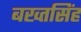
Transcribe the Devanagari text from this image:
बख्तसिंह